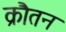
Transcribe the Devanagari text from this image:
क्रौतन